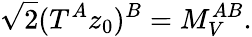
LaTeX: \sqrt{2}(T^{A}z_{0})^{B}=M_{V}^{AB}.